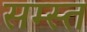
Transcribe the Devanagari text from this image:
सम्स्त